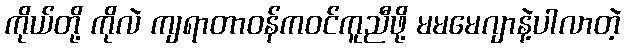
ကိုယ်တို့ ကိုလဲ ကျရာတာဝန်ကဝင်ကူညီဖို့ မမမေဂျာနဲ့ပါလာတဲ့